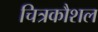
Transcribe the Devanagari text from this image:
चित्रकौशल